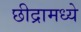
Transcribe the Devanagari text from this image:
छीद्रामध्ये